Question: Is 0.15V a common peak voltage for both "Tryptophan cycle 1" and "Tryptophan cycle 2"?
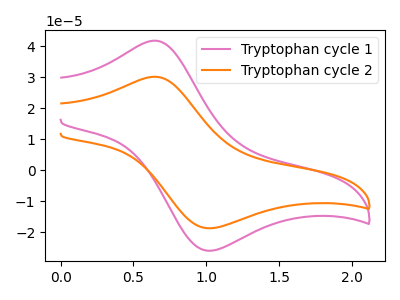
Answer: <think>The pink curve "Tryptophan cycle 1" has an anodic peak at (0.65V, 41.80uA) and a cathodic peak at (1.00V, -26.00uA). The orange curve "Tryptophan cycle 2" has an anodic peak at (0.65V, 30.15uA) and a cathodic peak at (1.00V, -18.75uA).</think>
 <answer>No, "Tryptophan cycle 1" and "Tryptophan cycle 2" dont share a peak at 0.15V.</answer>
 <eval>mismatch</eval>